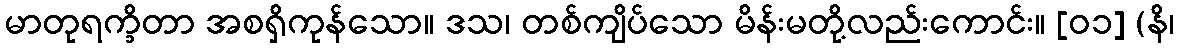
မာတုရက္ခိတာ အစရှိကုန်သော။ ဒသ၊ တစ်ကျိပ်သော မိန်းမတို့လည်းကောင်း။ [၀၁] (နိ၊